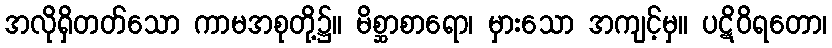
အလိုရှိတတ်သော ကာမအစုတို့၌။ မိစ္ဆာစာရော၊ မှားသော အကျင့်မှ။ ပဋိဝိရတော၊